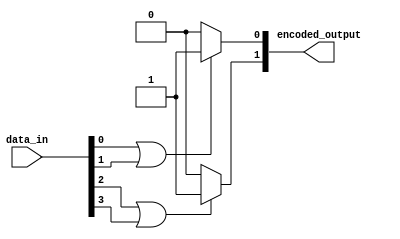
module encoder_4to2 (
  input [3:0] data_in,
  output [1:0] encoded_output
);

assign encoded_output[0] = (data_in[0] | data_in[1]) ? 1'b1 : 1'b0;
assign encoded_output[1] = (data_in[2] | data_in[3]) ? 1'b1 : 1'b0;

endmodule